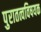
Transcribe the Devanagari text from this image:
पुरातत्वविषयक